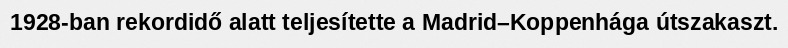
1928-ban rekordidő alatt teljesítette a Madrid–Koppenhága útszakaszt.